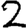
Digit: 2